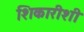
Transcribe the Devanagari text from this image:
शिकारीशी